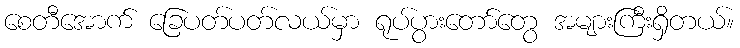
စေတီအောက် ခြေပတ်ပတ်လယ်မှာ ရုပ်ပွားတော်တွေ အများကြီးရှိတယ်။